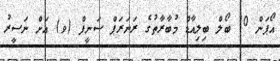
އޯޕަން 10 ބޯލް ބިލިއާޑް މުބާރާތުގެ ރަނަރަޕް ސަނީފް (ވ) އަށް ނަސީރު